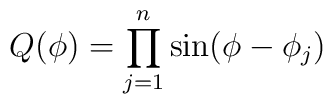
Q(\phi) = \prod_{j=1}^{n} \sin(\phi-\phi_j)